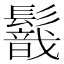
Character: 𩯈